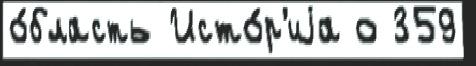
о́бласть Исто́р'иjа о 359